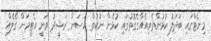
މިނެޓްގައި ބަދަލު ކުޅުންތެރިއެއްގެގޮތުގައި ކުޅެން ނުކުތް ހަސަން ރަޝީދު ވަނީ އެޓީމަށް ގޯލެއް